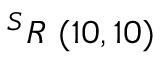
^ { S } R \ ( 1 0 , 1 0 )